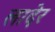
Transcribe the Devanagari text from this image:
लादेर